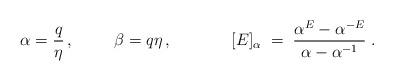
LaTeX: \begin{align*} \alpha=\frac q\eta \,,\hspace{1cm}\beta=q\eta \,,\hspace{1.5cm}[E]_{\alpha} \;=\; \frac{\alpha^{E}-\alpha^{-E}}{\alpha-\alpha^{-1}}\;.\end{align*}